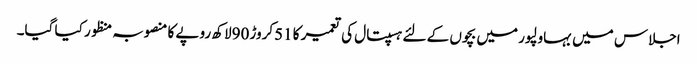
اجلاس میں بہاولپور میں بچوں کے لئے ہسپتال کی تعمیر کا 51کروڑ 90لاکھ روپے کا منصوبہ منظور کیا گیا۔